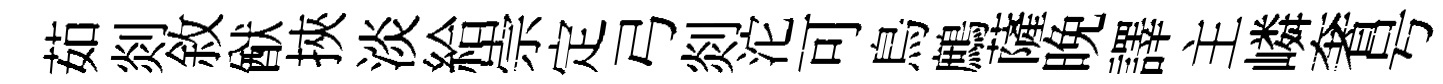
茹剡敘猷挾淡給崇定弓剡沱可鳥鷓薩晚譯主嶙奢号